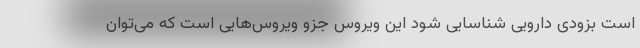
است بزودی دارویی شناسایی شود این ویروس جزو ویروس‌هایی است که می‌توان